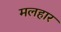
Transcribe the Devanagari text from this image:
मलहार